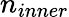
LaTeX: n_{inner}